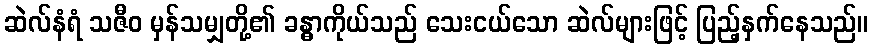
ဆဲလ်နံရံ သဇီဝ မှန်သမျှတို့၏ ခန္ဓာကိုယ်သည် သေးငယ်သော ဆဲလ်များဖြင့် ပြည့်နှက်နေသည်။